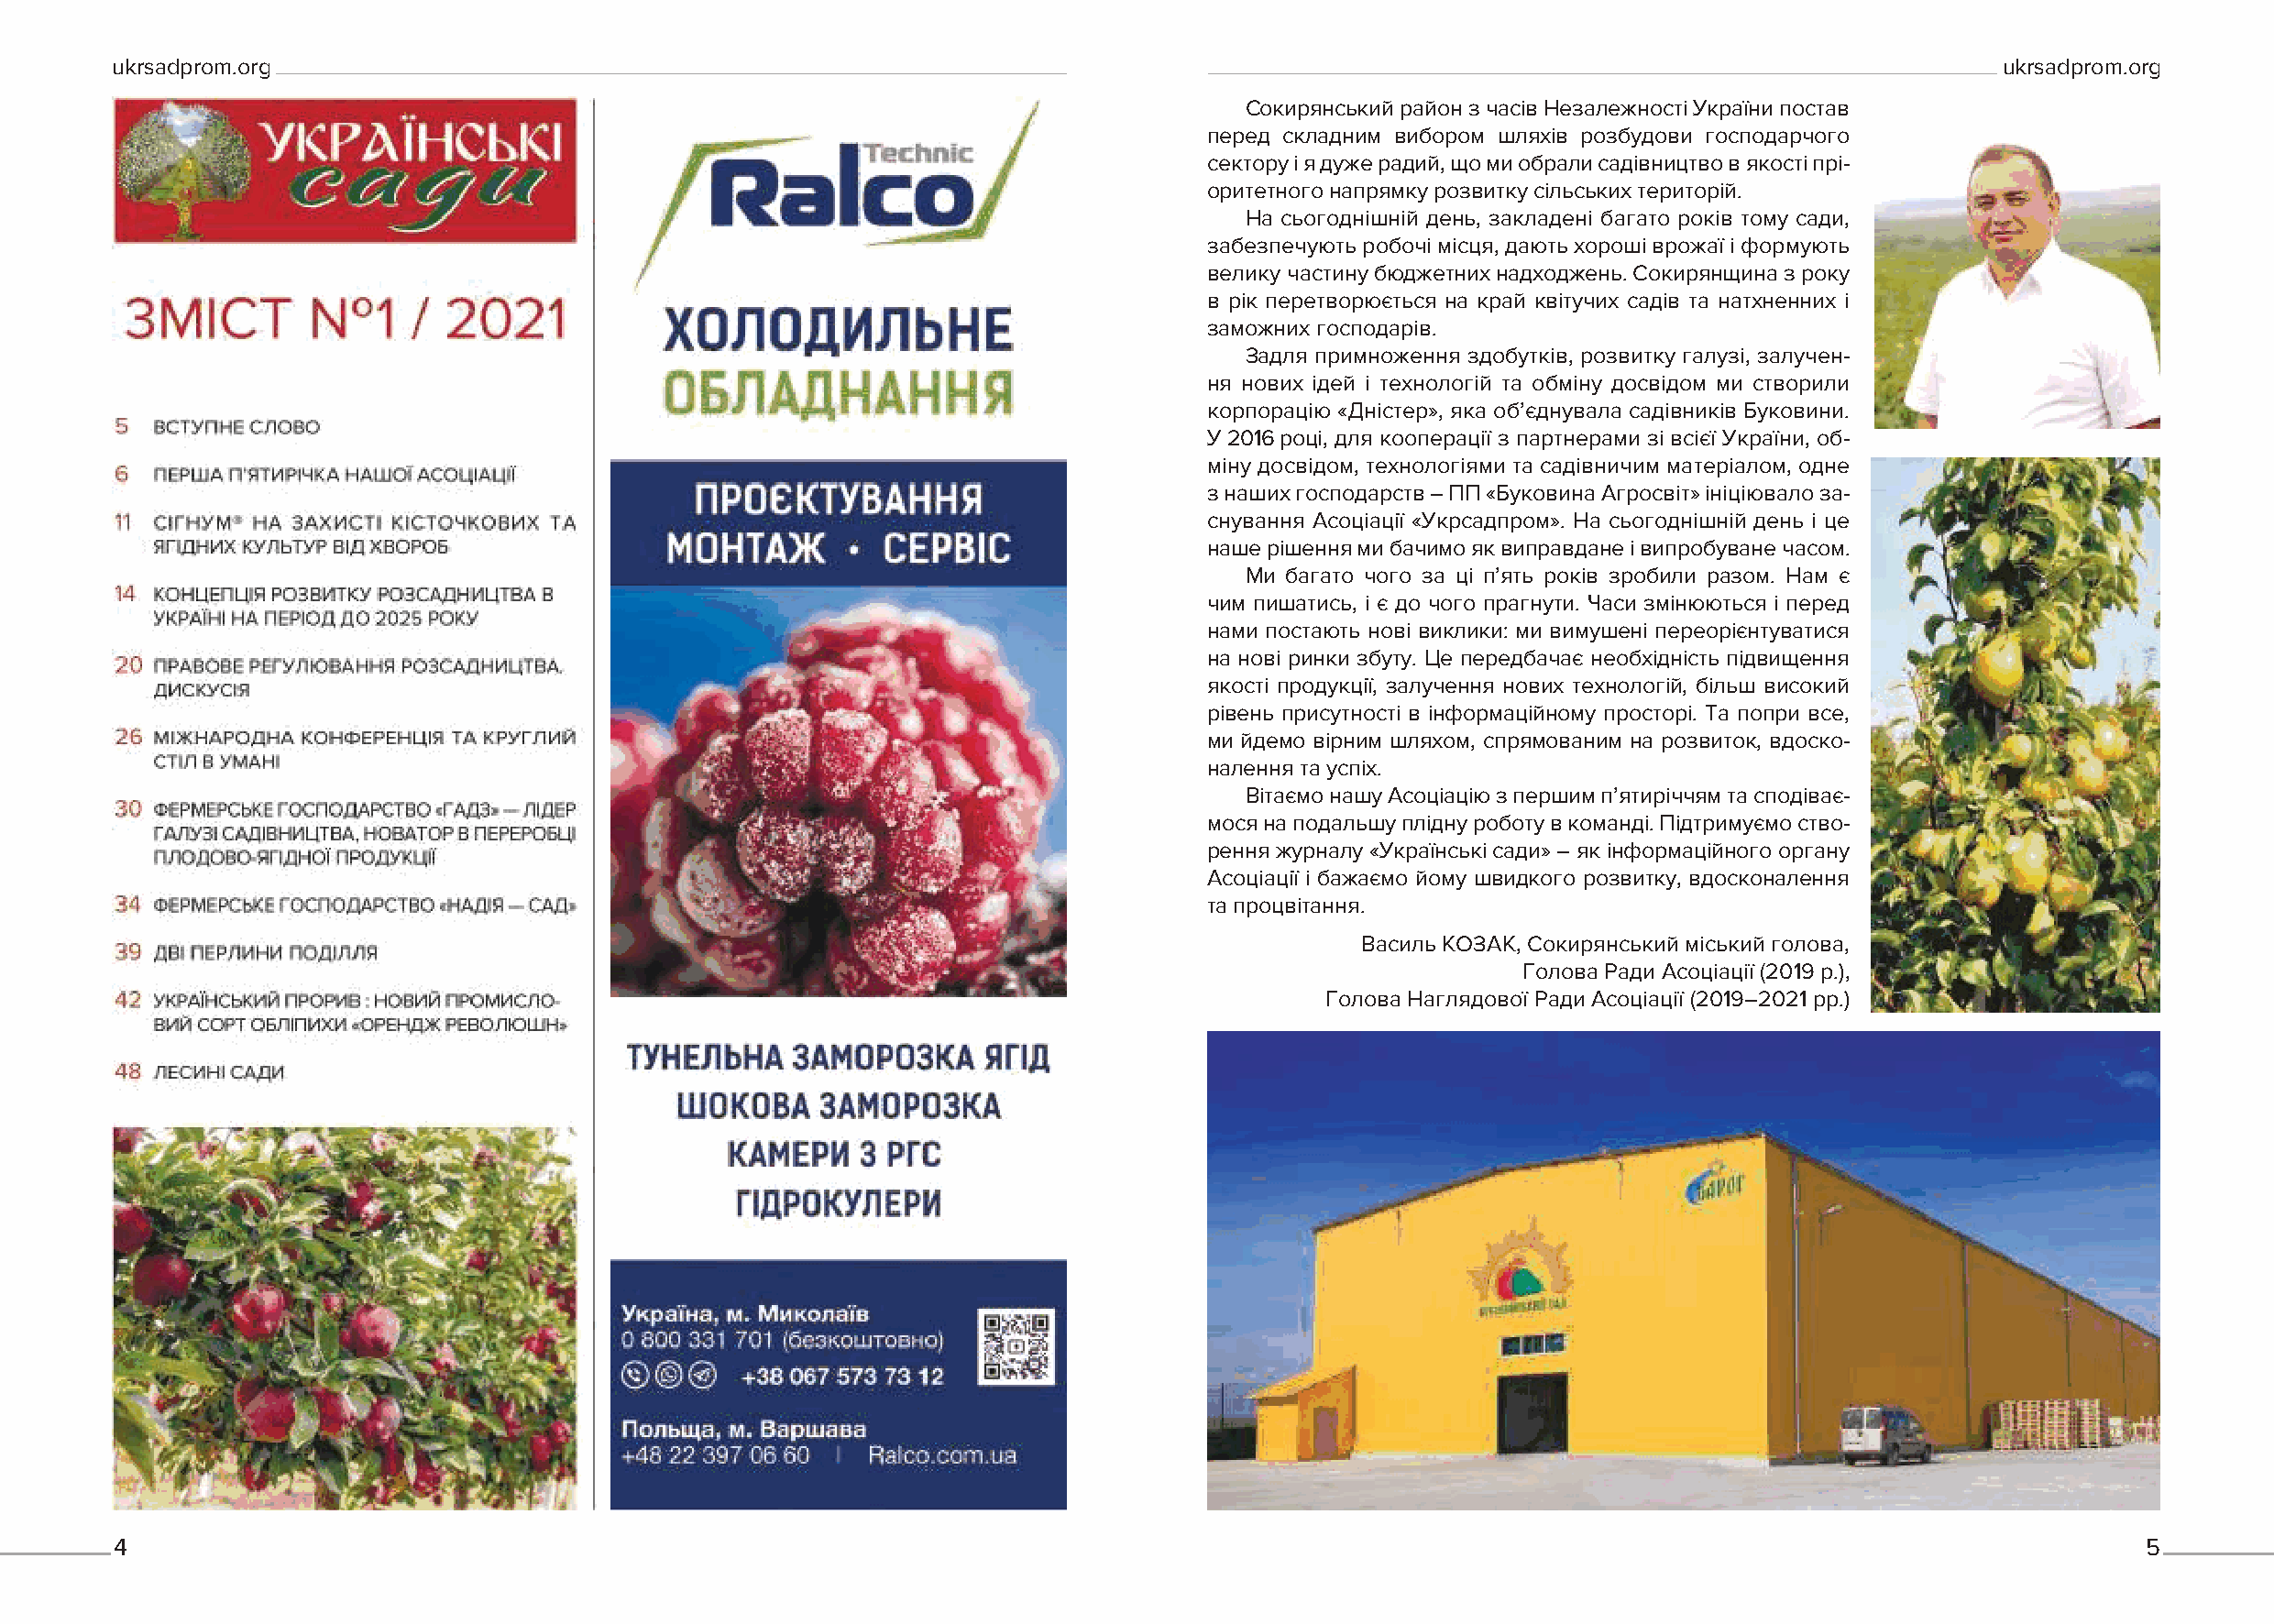
ukrsadprom.org                                                                                                                           ukrsadprom.org
 Сокирянський район з часів Незалежності України постав
 перед складним вибором шляхів розбудови господарчого
 сектору і я дуже радий, що ми обрали садівництво в якості прі-
 оритетного напрямку розвитку сільських територій.
 На сьогоднішній день, закладені багато років тому сади,
 забезпечують робочі місця, дають хороші врожаї і формують
 велику частину бюджетних надходжень. Сокирянщина з року
 в рік перетворюється на край квітучих садів та натхненних і
 заможних господарів.
 Задля примноження здобутків, розвитку галузі, залучен-
 ня нових ідей і технологій та обміну досвідом ми створили
 корпорацію «Дністер», яка об’єднувала садівників Буковини.
 У 2016 році, для кооперації з партнерами зі всієї України, об-
 міну досвідом, технологіями та садівничим матеріалом, одне
 з наших господарств – ПП «Буковина Агросвіт» ініціювало за-
 снування Асоціації «Укрсадпром». На сьогоднішній день і це
 наше рішення ми бачимо як виправдане і випробуване часом.
 Ми багато чого за ці п’ять років зробили разом. Нам є
 чим пишатись, і є до чого прагнути. Часи змінюються і перед
 нами постають нові виклики: ми вимушені переорієнтуватися
 на нові ринки збуту. Це передбачає необхідність підвищення
 якості продукції, залучення нових технологій, більш високий
 рівень присутності в інформаційному просторі. Та попри все,
 ми йдемо вірним шляхом, спрямованим на розвиток, вдоско-
 налення та успіх.
 Вітаємо нашу Асоціацію з першим п’ятиріччям та сподіває-
 мося на подальшу плідну роботу в команді. Підтримуємо ство-
 рення журналу «Українські сади» – як інформаційного органу
 Асоціації і бажаємо йому швидкого розвитку, вдосконалення
 та процвітання.
 Василь КОЗАК, Сокирянський міський голова,
 Голова Ради Асоціації (2019 р.),
 Голова Наглядової Ради Асоціації (2019–2021 рр.)
 4                                                                                                                                                  5